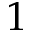
1